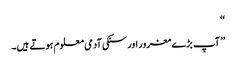
‘‘
’’ آپ بڑے مغرور اور سنکی آدمی معلوم ہوتے ہیں۔